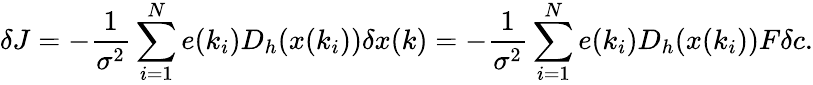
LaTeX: \delta J=-\frac{1}{\sigma^{2}}\sum_{i=1}^{N}e(k_{i})D_{h}(x(k_{i}))\delta x(k)=-\frac{1}{\sigma^{2}}\sum_{i=1}^{N}e(k_{i})D_{h}(x(k_{i}))F\delta c.